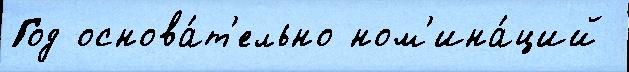
Год основа́т'ельно ном'ина́ций